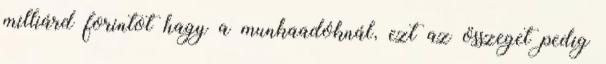
milliárd forintot hagy a munkaadóknál, ezt az összeget pedig